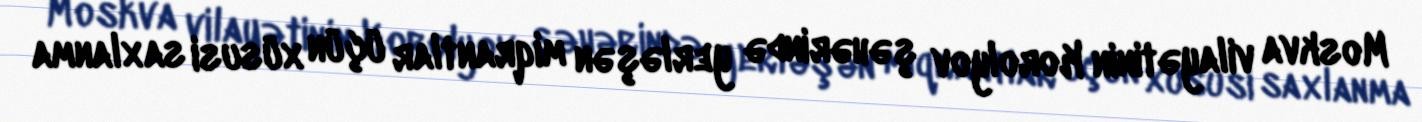
Moskva vilayətinin Korolyov şəhərində yerləşən miqrantlar üçün xüsusi saxlanma